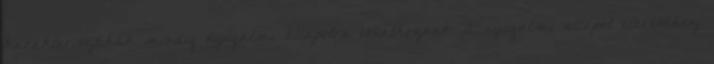
karakterisztikák mindig nyugalmi állapotra vonatkoznak. A nyugalmi állapot eléréséhez